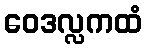
ဝေဒလ္လကထံ